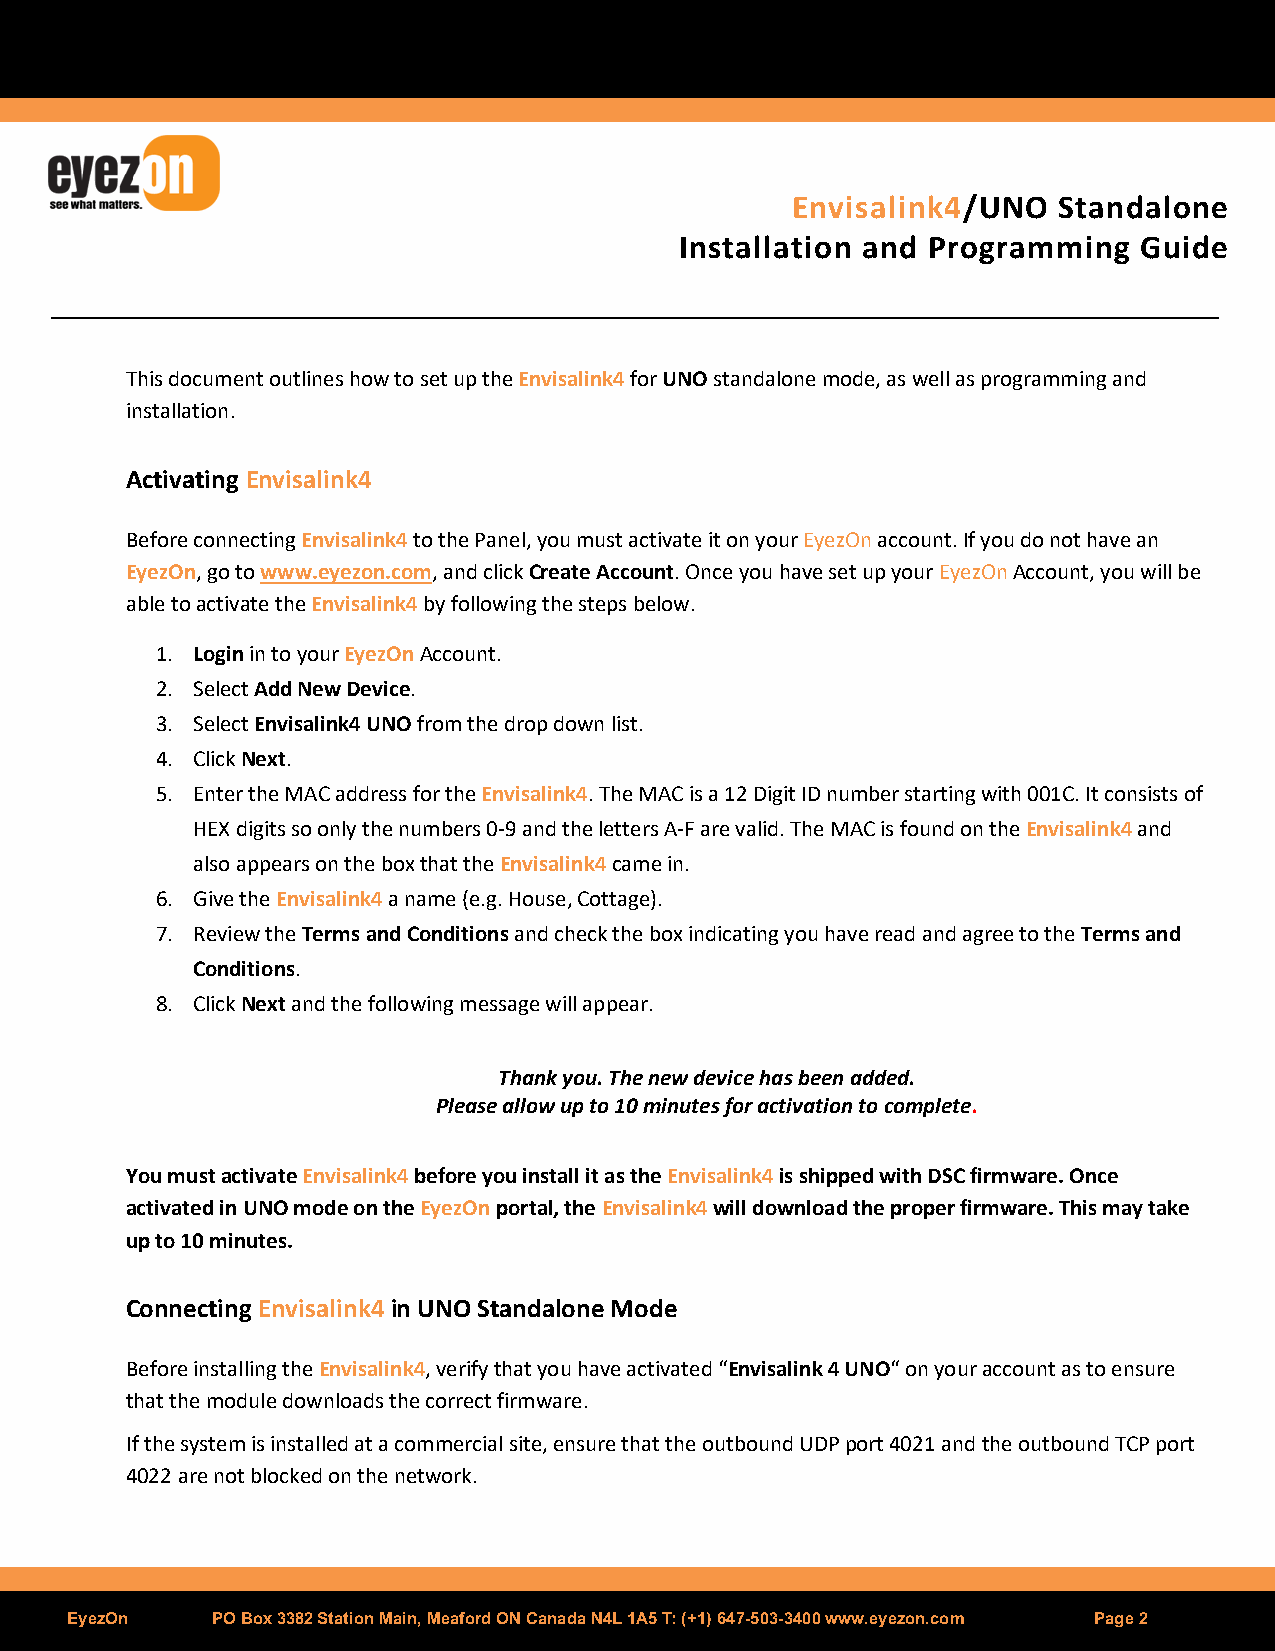
Envisalink4/UNO   Standalone
 Installation and Programming  Guide
 This document outlines how to set up the Envisalink4 for UNO standalone mode, as well as programming and
 installation.
 Activating Envisalink4
 Before connecting Envisalink4 to the Panel, you must activate it on your EyezOn account. If you do not have an
 EyezOn, go to www.eyezon.com, and click Create Account. Once you have set up your EyezOn Account, you will be
 able to activate the Envisalink4 by following the steps below.
 1. Login in to your EyezOn Account.
 2. Select Add New Device.
 3. Select Envisalink4 UNO from the drop down list.
 4. Click Next.
 5. Enter the MAC address for the Envisalink4. The MAC is a 12 Digit ID number starting with 001C. It consists of
 HEX digits so only the numbers 0-9 and the letters A-F are valid. The MAC is found on the Envisalink4 and
 also appears on the box that the Envisalink4 came in.
 6. Give the Envisalink4 a name (e.g. House, Cottage).
 7. Review the Terms and Conditions and check the box indicating you have read and agree to the Terms and
 Conditions.
 8. Click Next and the following message will appear.
 Thank you. The new device has been added.
 Please allow up to 10 minutes for activation to complete.
 You must activate Envisalink4 before you install it as the Envisalink4 is shipped with DSC firmware. Once
 activated in UNO mode on the EyezOn portal, the Envisalink4 will download the proper firmware. This may take
 up to 10 minutes.
 Connecting Envisalink4 in UNO Standalone Mode
 Before installing the Envisalink4, verify that you have activated “Envisalink 4 UNO“ on your account as to ensure
 that the module downloads the correct firmware.
 If the system is installed at a commercial site, ensure that the outbound UDP port 4021 and the outbound TCP port
 4022 are not blocked on the network.
 EyezOn    PO Box 3382 Station Main, Meaford ON Canada N4L 1A5 T: (+1) 647-503-3400 www.eyezon.com Page 2